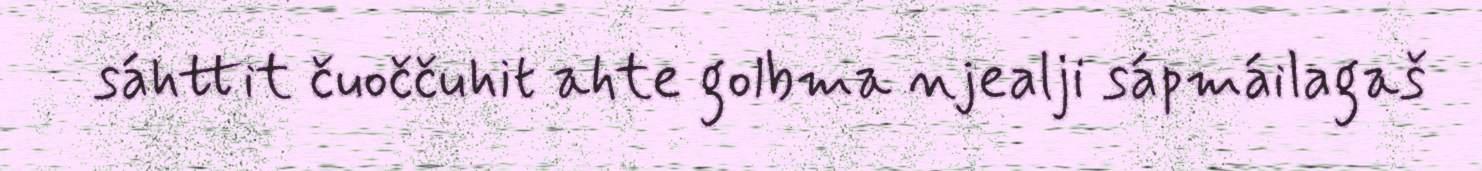
sáhttit čuoččuhit ahte golbma njealji sápmáilagaš